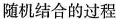
随机结合的过程